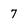
Character: 7